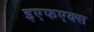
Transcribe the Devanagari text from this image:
इएफएक्स